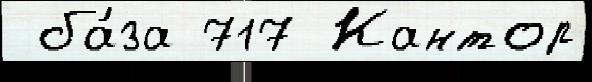
 ба́за 717 Кантор